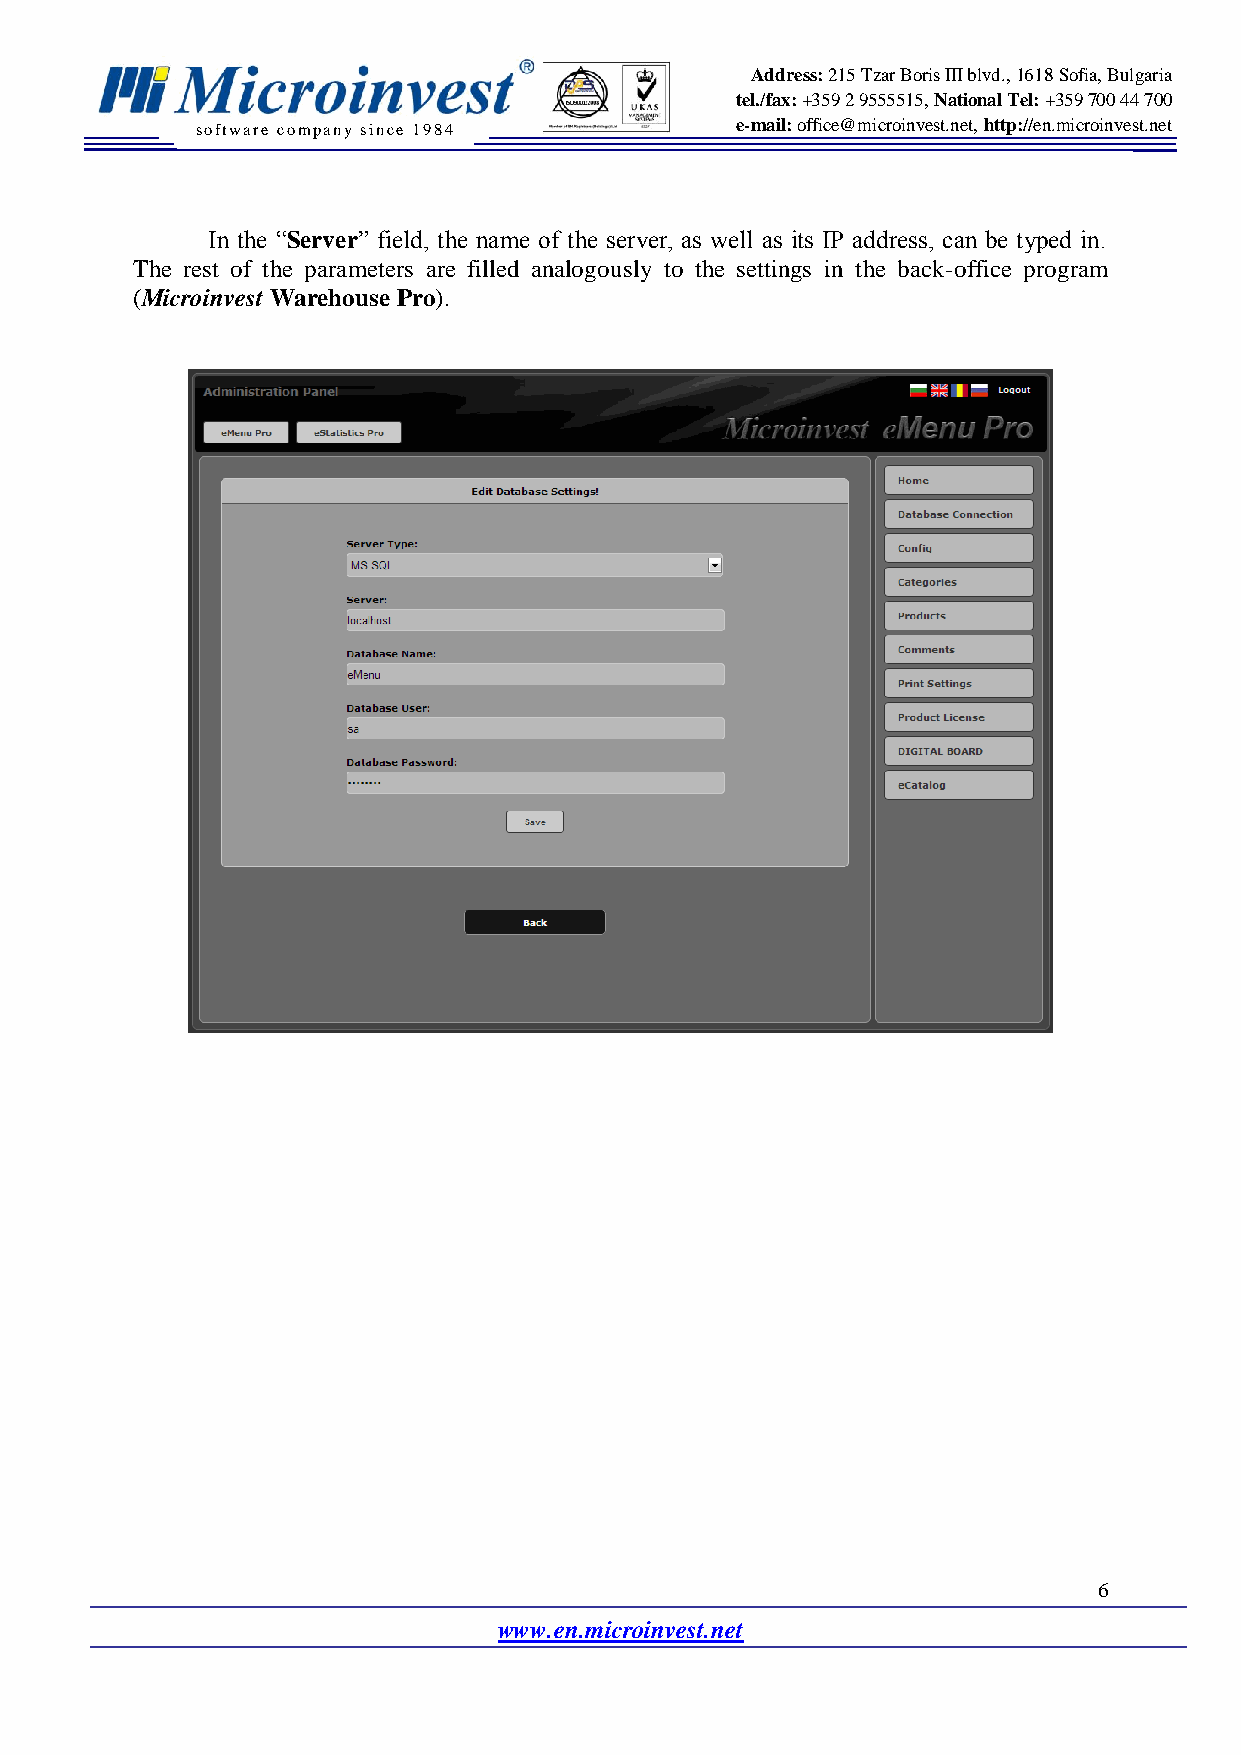
Address: 215 Tzar Boris III blvd., 1618 Sofia, Bulgaria
 tel./fax: +359 2 9555515, National Tel: +359 700 44 700
 software company since 19 84        e-mail: office@microinvest.net, http://en.microinvest.net
 In the “Server” field, the name of the server, as well as its IP address, can be typed in.
 The rest of the parameters are filled analogously to the settings in the back-office program
 (Microinvest Warehouse Pro).
 6
 www.en.microinvest.net